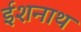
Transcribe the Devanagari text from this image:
ईशनाथ